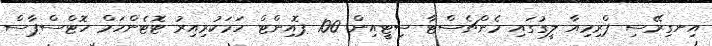
އިނގިރޭސި ޕްރިމިއާ ލީގުގައި މެންޗެސްޓާ ސިޓީއިން 100 ޕޮއިންޓް ހަމަކުރިއިރު ޓޮޓެންހަމް ހޮޓްސްޕާސް